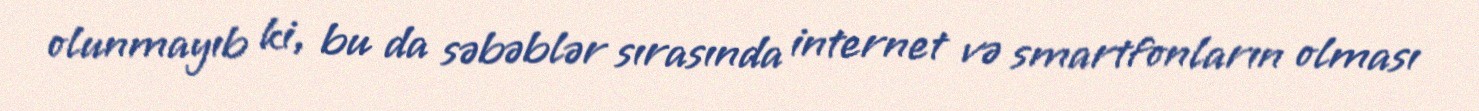
olunmayıb ki, bu da səbəblər sırasında internet və smartfonların olması